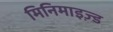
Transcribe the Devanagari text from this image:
मिनिमाइज़्ड